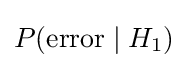
P(\mathrm {error} \mid H_{1})